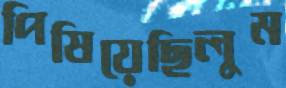
পিষিয়েছিলুম